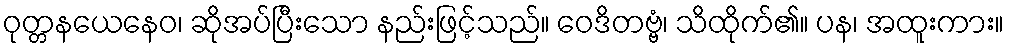
ဝုတ္တနယေနေဝ၊ ဆိုအပ်ပြီးသော နည်းဖြင့်သည်။ ဝေဒိတဗ္ဗံ၊ သိထိုက်၏။ ပန၊ အထူးကား။